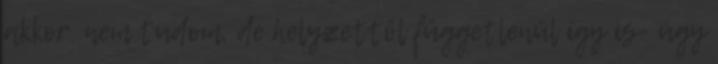
akkor. nem tudom, de helyzettől függetlenül így is- úgy